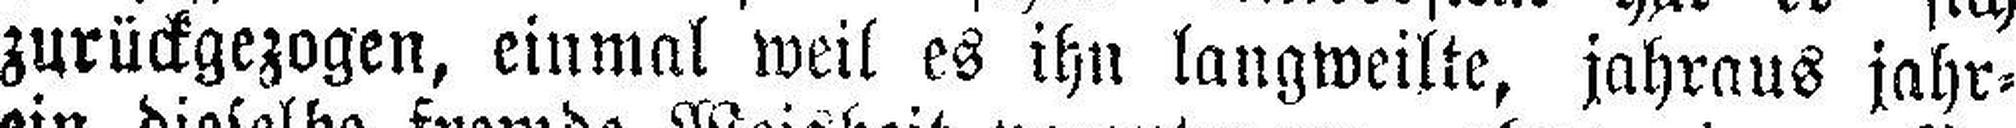
zurückgezogen, einmal weil es ihn langweilte, jahraus jahr¬